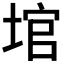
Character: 𪣬